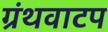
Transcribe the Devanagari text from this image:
ग्रंथवाटप